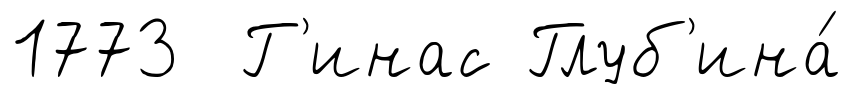
1773 Г'инас Глуб'ина́